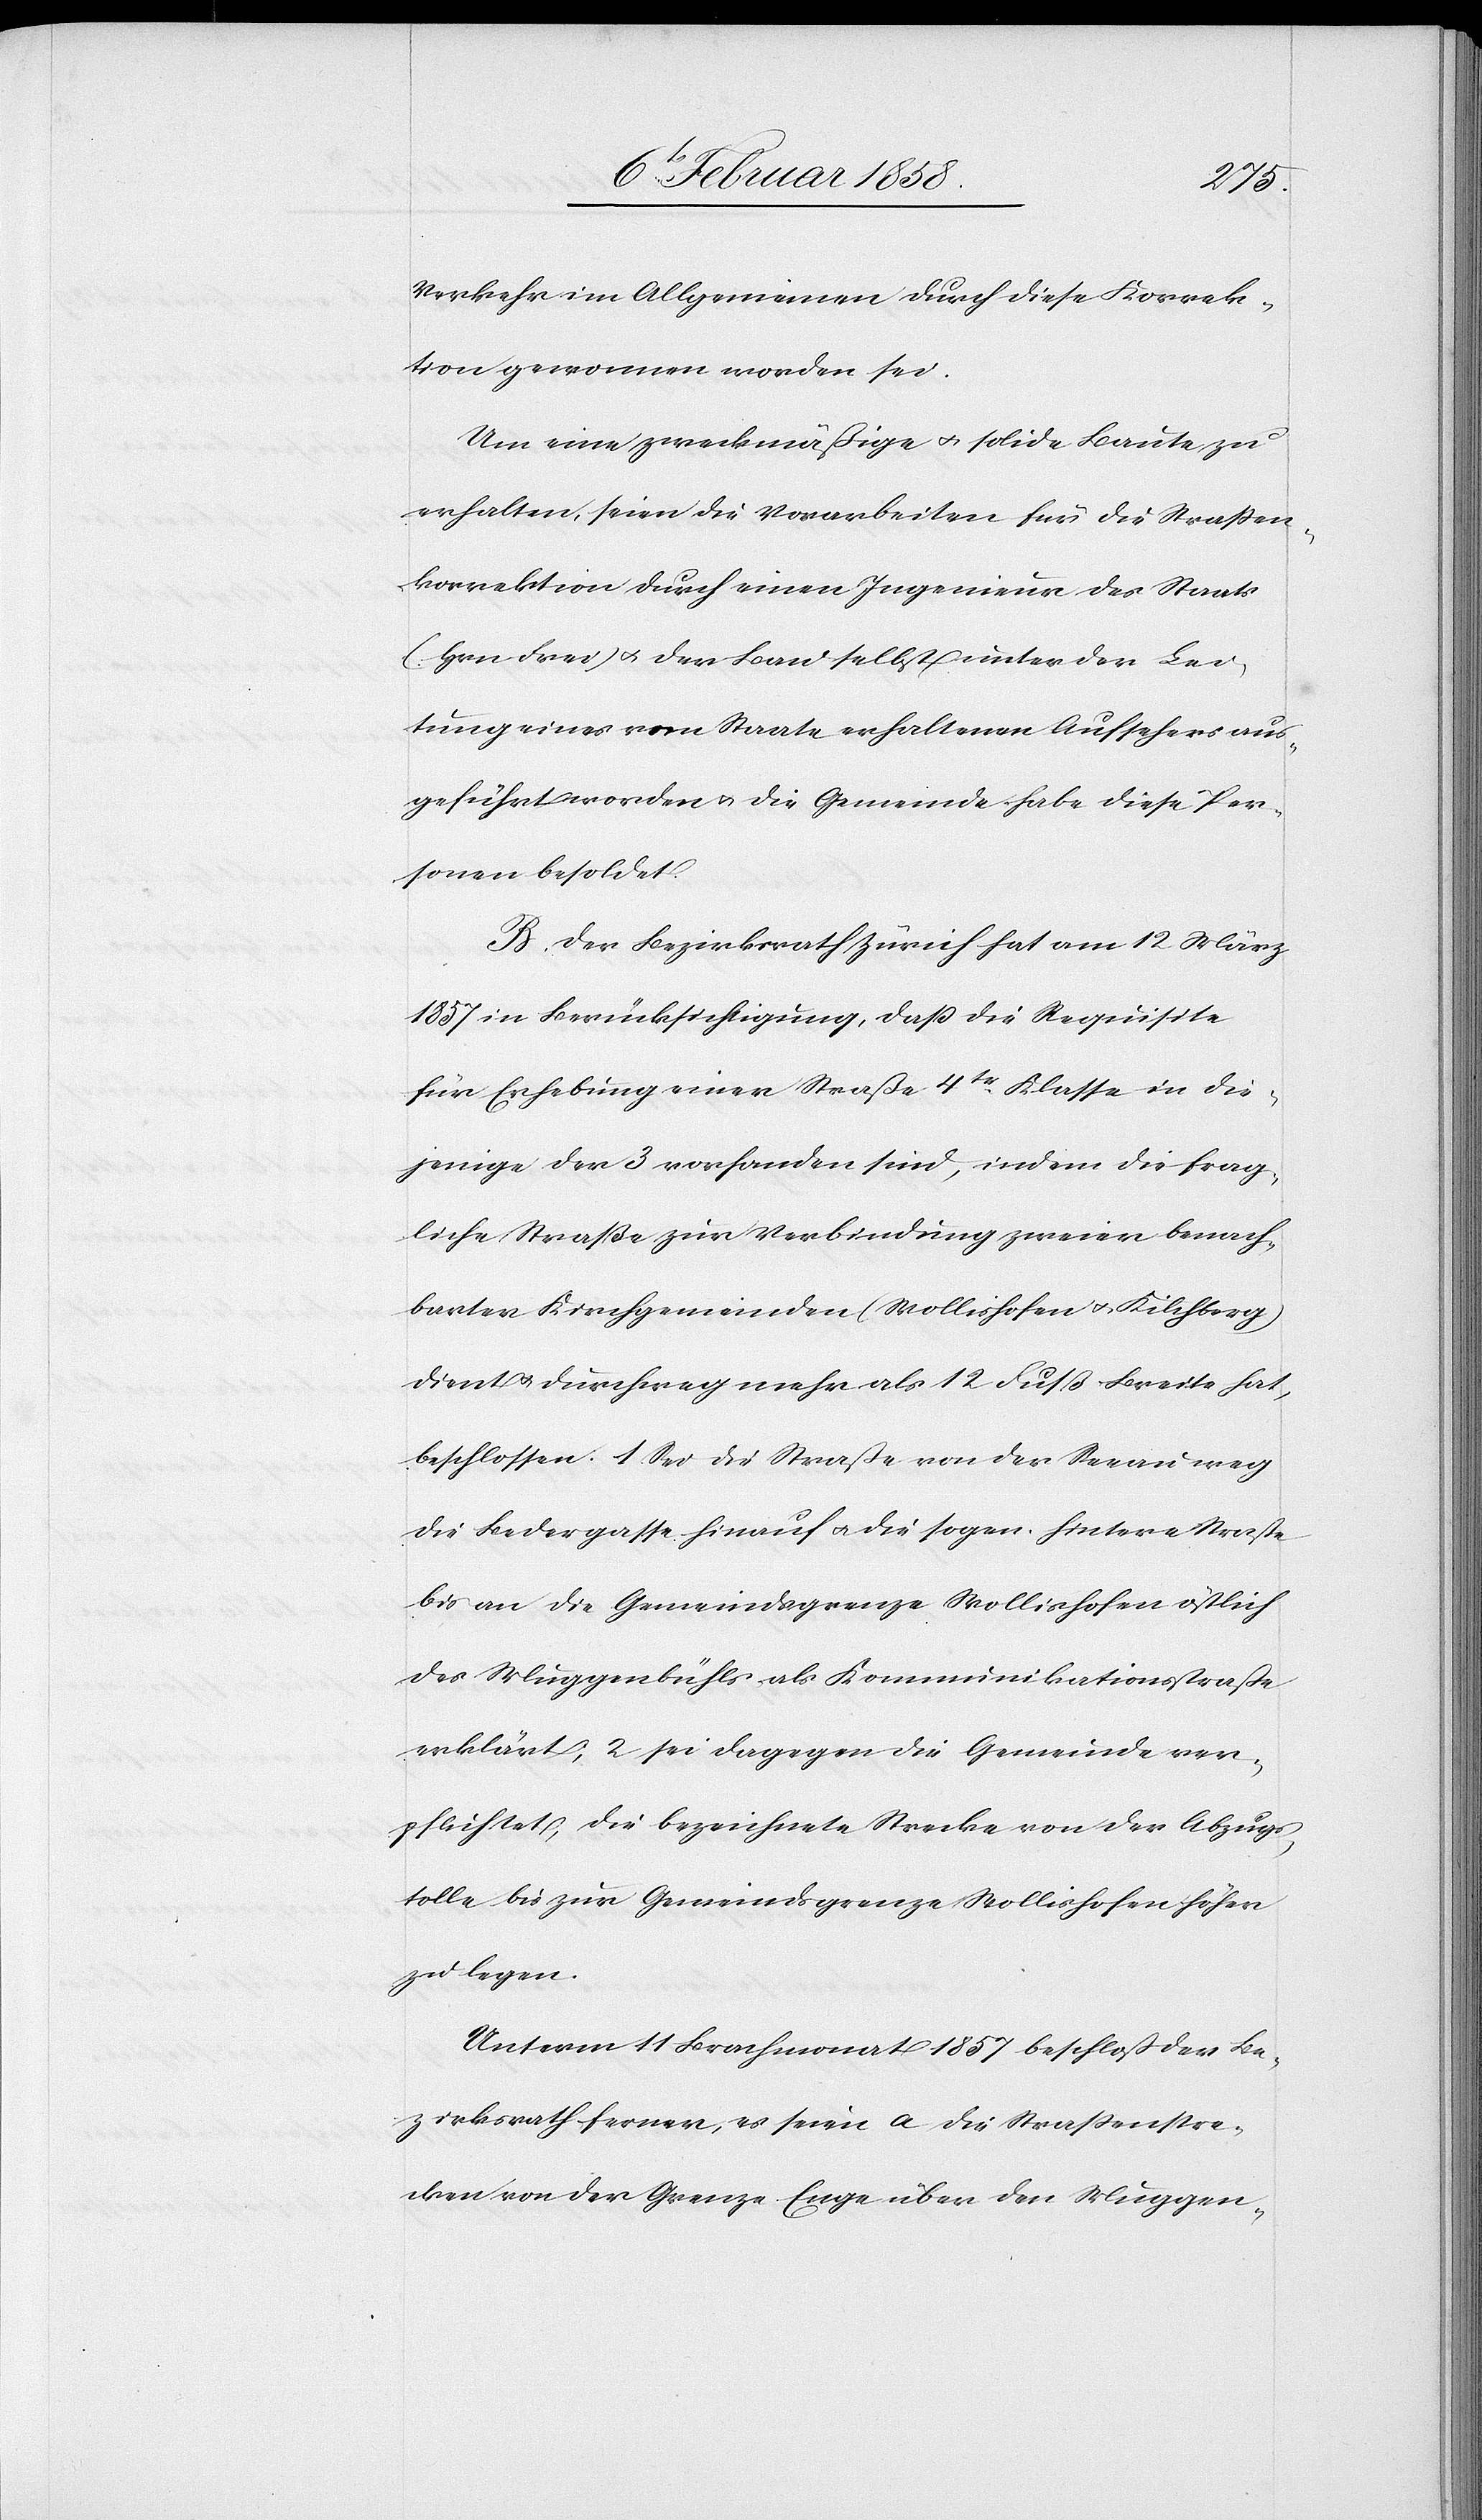
Verkehr im Allgemeinen durch diese Korrek¬
tion gewonnen worden sei.
Um eine zweckmäßige u. solide Baute zu
erhalten, seien die Vorarbeiten für die Straßen¬
korrektion durch einen Ingenieur des Staats
(Hrn. Frei) u. der Bau selbst unter der Lei¬
tung eines vom Staate erhaltenen Aufsehers aus¬
geführt worden u. die Gemeinde habe diese Per¬
sonen besoldet.
B. Der Bezirksrath Zürich hat am 12 März
1857 in Berücksichtigung, daß die Requisite
für Erhebung einer Straße 4tr Klasse in die¬
jenige der 3[.] vorhanden sind, indem die frag¬
liche Straße zur Verbindung zweier benach¬
barten Kirchgemeinden (Wollishofen u. Kilchberg)
dient u. durchweg mehr als 12 Fuß Breite hat,
beschlossen: 1 Sei die Straße von der Seeau weg
die Bedergasse hinauf u. die sogen. hintere Straße
bis an die Gemeindsgrenze Wollishofen östlich
des Muggenbühls als Kommunikationsstraße
erklärt; 2 sei dagegen die Gemeinde ver¬
pflichtet, die bezeichnete Strecke von der Abzugs¬
tolle bis zur Gemeindsgrenze Wollishofen höher
zu legen.
Unterm 11 Brachmonat 1857 beschloß der Be¬
zirksrath ferner, es seien a[.] die Straßenstre¬
cken von der Grenze Enge über den Muggen-